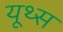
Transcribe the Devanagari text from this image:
यूथ्स